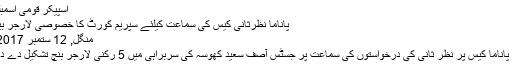
اسپیکر قومی اسمبلی ایاز…
پاناما نظرثانی کیس کی سماعت کیلئے سپریم کورٹ کا خصوصی لارجر بینچ تشکیل
منگل, 12 ستمبر 2017 16:30
اسلام آباد: پاناما کیس پر نظر ثانی کی درخواستوں کی سماعت پر جسٹس آصف سعید کھوسہ کی سربراہی میں 5 رکنی لارجر بنچ تشکیل دے دیا گیا ہے۔